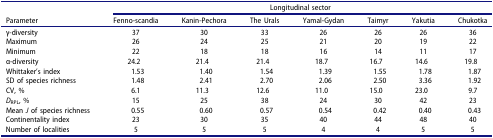
| <ROWSPAN=2> Parameter | <COLSPAN=7> Longitudinal sector |
 | Fenno-scandia | Kanin-Pechora | The Urals | Yamal-Gydan | Taimyr | Yakutia | Chukotka |
 | --- | --- | --- | --- | --- | --- | --- | --- |
 | γ-diversity | 37 | 30 | 33 | 26 | 26 | 26 | 36 |
 | Maximum | 26 | 24 | 25 | 21 | 20 | 19 | 22 |
 | Minimum | 22 | 18 | 18 | 16 | 14 | 11 | 17 |
 | α-diversity | 24.2 | 21.4 | 21.4 | 18.7 | 16.7 | 14.6 | 19.8 |
 | Whittaker’s index | 1.53 | 1.40 | 1.54 | 1.39 | 1.55 | 1.78 | 1.87 |
 | SD of species richness | 1.48 | 2.41 | 2.70 | 2.06 | 2.50 | 3.36 | 1.92 |
 | CV, % | 6.1 | 11.3 | 12.6 | 11.0 | 15.0 | 23.0 | 9.7 |
 | DRPL, % | 15 | 25 | 38 | 24 | 30 | 42 | 23 |
 | Mean J of species richness | 0.55 | 0.60 | 0.57 | 0.54 | 0.42 | 0.40 | 0.43 |
 | Continentality index | 23 | 30 | 35 | 40 | 44 | 48 | 40 |
 | Number of localities | 5 | 5 | 5 | 4 | 4 | 5 | 5 |